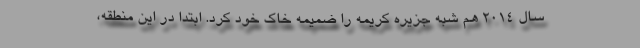
سال 2014 هم شبه جزیره کریمه را ضمیمه خاک خود کرد. ابتدا در این منطقه،